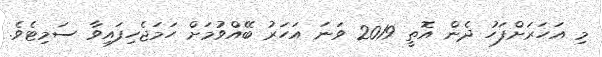
މި އަހަރަށްފަހު ދެން އޮތީ 2019 ވަނަ އަހަރު ބޭއްވުމަށް ހަމަޖެހިފައިވާ ސަމިޓެވެ.